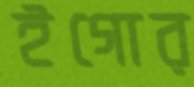
ইগোর